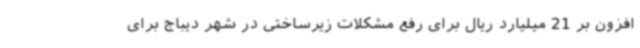
افزون بر 21 میلیارد ریال برای رفع مشکلات زیرساختی در شهر دیباج برای